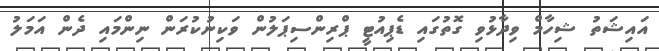
އައިޝަތު ޝިހާމް ވިދާޅުވި ގޮތުގައި ޑެޕިއުޓީ ޕްރިންސިޕަލުން ވަކިނުކުރަން ނިންމައި ދެން އަމަލު